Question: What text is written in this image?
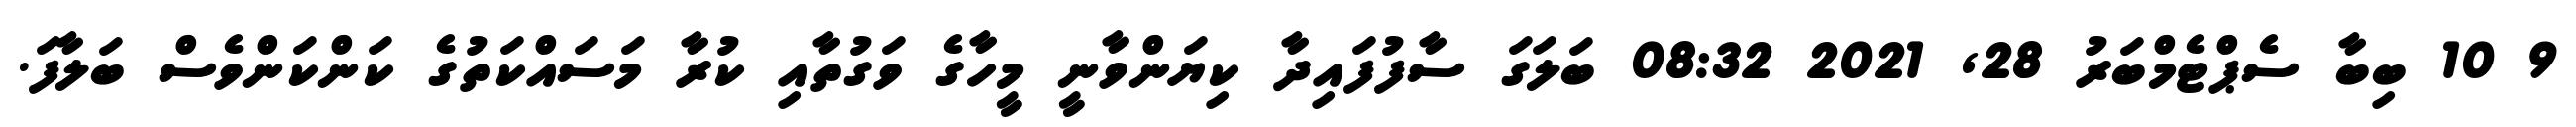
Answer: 9 10 ބިބާ ސެޕްޓެމްބަރު 28, 2021 08:32 ބަލަގަ ސާފުފައިދާ ކިޔަންވާނީ މީހާގެ ވަގުތާއި ކުރާ މަސައްކަތުގެ ކަންކަންވެސް ބަލާފަ.